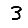
Digit: 3